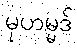
မုဟမ္မဒ်